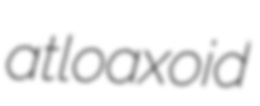
atloaxoid